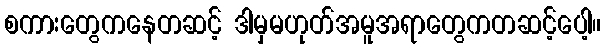
စကားတွေကနေတဆင့် ဒါမှမဟုတ်အမူအရာတွေကတဆင့်ပေါ့။